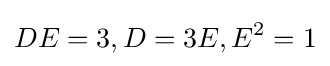
DE=3,D=3E,E^{2}=1